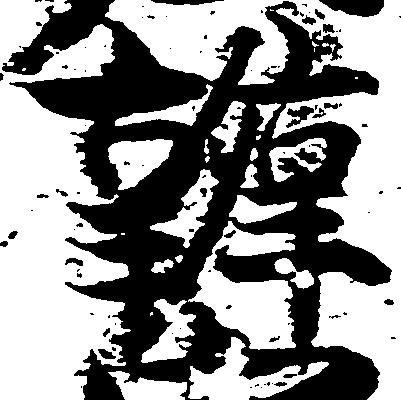
弁